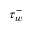
\tau _ { w } ^ { - }